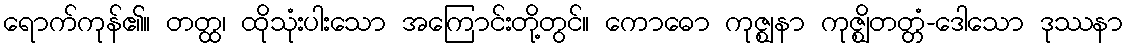
ရောက်ကုန်၏။ တတ္ထ၊ ထိုသုံးပါးသော အကြောင်းတို့တွင်။ ကောဓော ကုဇ္ဈနာ ကုဇ္ဈိတတ္တံ-ဒေါသော ဒုဿနာ